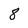
Character: 8